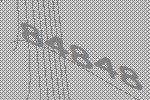
84848